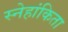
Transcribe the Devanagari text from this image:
स्नेहांकिता